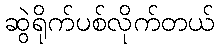
ဆွဲရိုက်ပစ်လိုက်တယ်